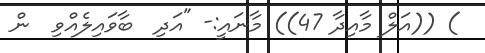
) ((އަލް މާއިދާ 47)) މާނައީ:- "އަދި  ބާވައިލެއްވި  ން